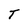
Character: T